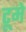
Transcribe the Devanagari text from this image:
टूमे